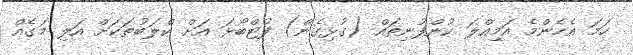
ހަމަ އެހެންމެ އަމިއްލަ ކުންފުނިތައް (ގުޅިގެން) ފުޓްބޯޅަ އަށް ކްލަބުތަކަށް އަލި މަގެއް